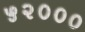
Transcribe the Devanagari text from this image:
५२०००